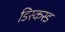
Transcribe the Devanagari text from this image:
डिस्कस्ड